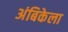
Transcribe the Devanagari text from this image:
अंबिकेला